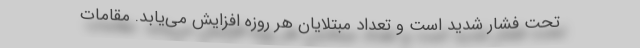
تحت فشار شدید است و تعداد مبتلایان هر روزه افزایش می‌یابد. مقامات